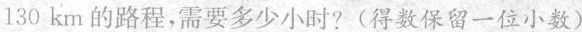
130km的路程，需要多少小时?(得数保留一位小数)